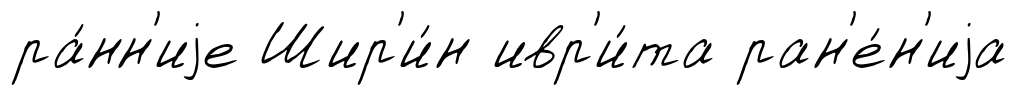
ра́нн'иjе Шир'и́н ивр'и́та ран'е́н'иjа